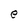
Character: e